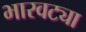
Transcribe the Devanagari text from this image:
भारवट्या